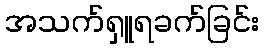
အသက်ရှူရခက်ခြင်း